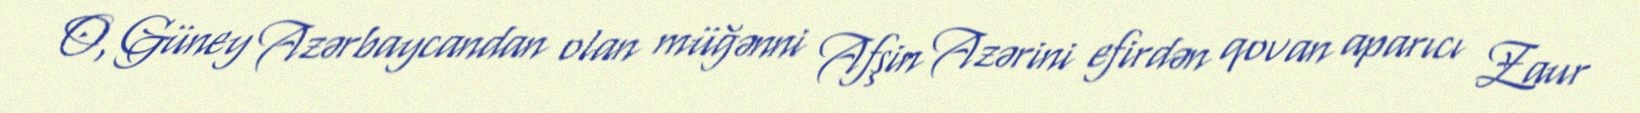
O, Güney Azərbaycandan olan müğənni Afşin Azərini efirdən qovan aparıcı Zaur